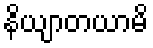
နိယျာတယာမိ